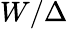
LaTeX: W/\Delta